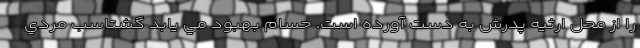
را از محل ارثيه پدرش به دست آورده است. حسام بهبود مي يابد گشتاسب مردي